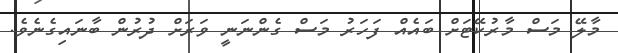
މާލޭ މަސް މާރުކޭޓަށް ބައެއް ފަހަރު މަސް ގެންނަނީ ވަރަށް ދުރުން ބާނައިގެނެވެ.